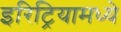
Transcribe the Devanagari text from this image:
इरिट्रियामध्ये